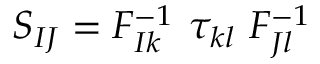
S _ { I J } = F _ { I k } ^ { - 1 } ~ \tau _ { k l } ~ F _ { J l } ^ { - 1 }